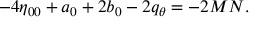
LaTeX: - 4 \eta _ { 0 0 } + a _ { 0 } + 2 b _ { 0 } - 2 q _ { \theta } = - 2 M N .